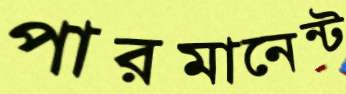
পারমানেন্ট